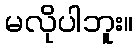
မလိုပါဘူး။